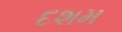
દશમ